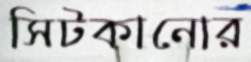
সিটকানোর